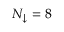
N _ { \downarrow } = 8